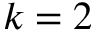
k = 2